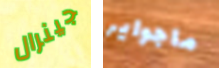
جينرال ماجواير